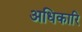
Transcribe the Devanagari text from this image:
अधिकारि